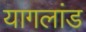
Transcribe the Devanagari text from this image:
यागलांड